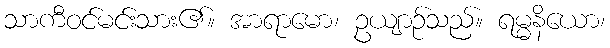
သာကီဝင်မင်းသား၏။ အာရာမော၊ ဥယျာဉ်သည်။ ရမ္မနိယော၊